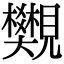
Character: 𧢜